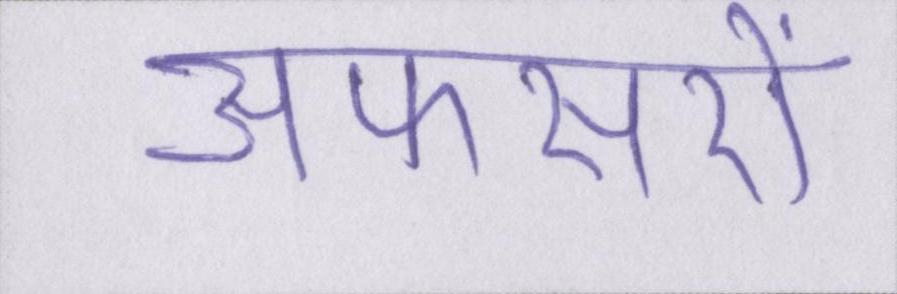
अफसरों